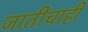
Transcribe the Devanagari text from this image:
जातीचाही